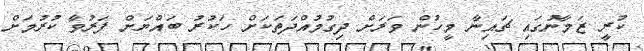
ކުރީ ޒަމާނުގައި ޗައިނާ މީހުން ވަރަށް ދިގުމުއްދަތަކަށް ހަކުރު ބައްޔަށް ފަރުވާ ކުރުމަށް